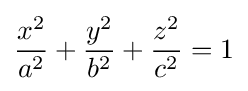
{\frac {x^{2}}{a^{2}}}+{\frac {y^{2}}{b^{2}}}+{\frac {z^{2}}{c^{2}}}=1